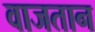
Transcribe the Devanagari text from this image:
वाजतान